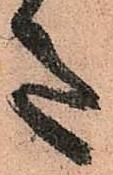
意